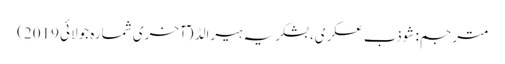
مترجم: شوذب عسکری، بشکریہ ہیرالڈ (ٓآخری شمارہ جولائی 2019)